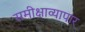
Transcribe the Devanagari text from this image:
समीक्षाव्यापार